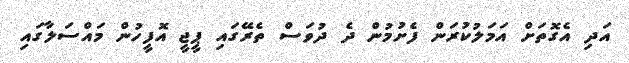
އަދި އެގޮތަށް އަމަލުކުރަން ފެށުމުން ދެ ދުވަސް ތެރޭގައި ޕީޖީ އޮފީހުން މައްސަލާގައި